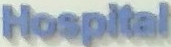
Hospital